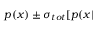
p ( x ) \pm \sigma _ { { t o t } } [ p ( x |